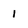
Character: 1